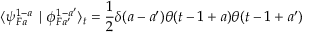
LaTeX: \langle \psi _ { F a } ^ { 1 - a } \mid \phi _ { F a ^ { \prime } } ^ { 1 - a ^ { \prime } } \rangle _ { t } = \frac { 1 } { 2 } \delta ( a - a ^ { \prime } ) \theta ( t - 1 + a ) \theta ( t - 1 + a ^ { \prime } )